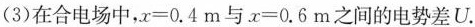
(3)在合电场中，$$x = 0 . 4 m$$与$$x = 0 . 6 m$$之间的电势差U.